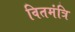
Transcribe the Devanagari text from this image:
वितमंत्रि